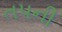
તપની